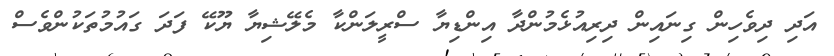
އަދި ދިވެހިން ގިނައިން ދިރިއުޅެމުންދާ އިންޑިޔާ ސްރީލަންކާ މެލޭޝިޔާ ޔޫކޭ ފަދަ ގައުމުތަކުންވެސް